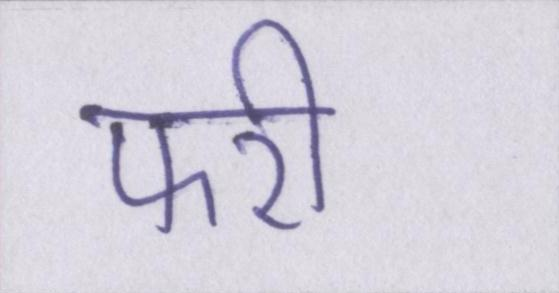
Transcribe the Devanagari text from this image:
फरी